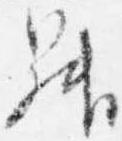
昇